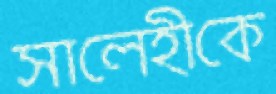
সালেহীকে